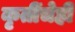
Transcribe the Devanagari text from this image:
कृतींचेही